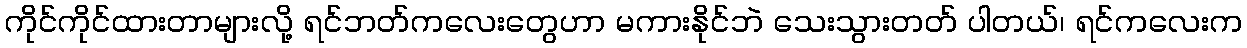
ကိုင်ကိုင်ထားတာများလို့ ရင်ဘတ်ကလေးတွေဟာ မကားနိုင်ဘဲ သေးသွားတတ် ပါတယ်၊ ရင်ကလေးက